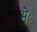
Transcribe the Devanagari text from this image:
मेॱ